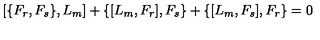
\left[ \{ F _ { r } , F _ { s } \} , L _ { m } \right] + \{ [ L _ { m } , F _ { r } ] , F _ { s } \} + \{ [ L _ { m } , F _ { s } ] , F _ { r } \} = 0